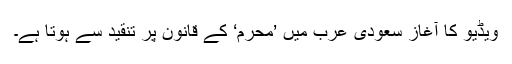
ویڈیو کا آغاز سعودی عرب میں ’محرم‘ کے قانون پر تنقید سے ہوتا ہے۔